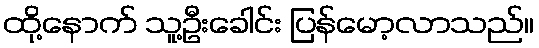
ထို့နောက် သူ့ဦးခေါင်း ပြန်မော့လာသည်။